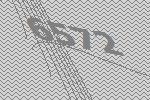
6572